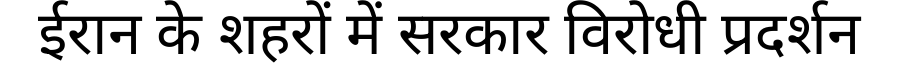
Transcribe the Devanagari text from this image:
ईरान के शहरों में सरकार विरोधी प्रदर्शन